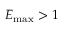
E _ { \operatorname* { m a x } } > 1